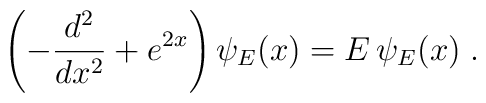
\left( -\frac{d^{2}}{dx^{2}}+e^{2x}\right) \psi _{E}(x)=E\,\psi_{E}(x)\;.